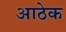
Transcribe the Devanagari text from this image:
आठेक